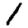
Digit: 1